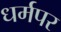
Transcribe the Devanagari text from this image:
धर्मपर